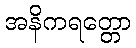
အနိကရတ္တော